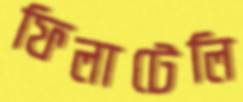
ফিলাটেলি